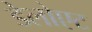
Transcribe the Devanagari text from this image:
डेलोएट